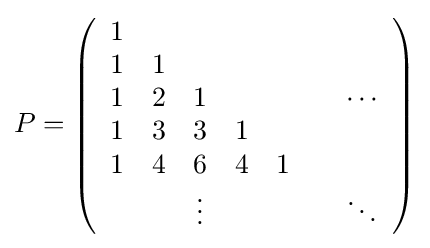
P=\left({\begin{array}{ccccccc}1&&&&&&\\1&1&&&&&\\1&2&1&&&&\cdots \\1&3&3&1&&&\\1&4&6&4&1&&\\&&\vdots &&&&\ddots \end{array}}\right)